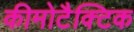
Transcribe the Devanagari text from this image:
कीमोटैक्टिक